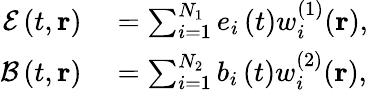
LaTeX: \begin{array}{rl}{\mathcal{E}\left(t,\mathbf{r}\right)}&{{}=\sum_{i=1}^{N_{1}}e_{i}\left(t\right)w_{i}^{(1)}(\mathbf{r}),}\\ {\mathcal{B}\left(t,\mathbf{r}\right)}&{{}=\sum_{i=1}^{N_{2}}b_{i}\left(t\right)w_{i}^{(2)}(\mathbf{r}),}\end{array}